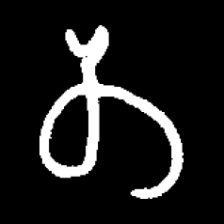
Pyu character \u2014 Myanmar letter: တ (romanized: ta)